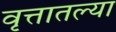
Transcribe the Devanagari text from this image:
वृत्तातल्या